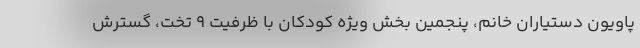
پاویون دستیاران خانم، پنجمین بخش ویژه کودکان با ظرفیت ۹ تخت، گسترش